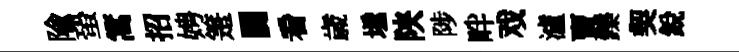
隃蛩篙招娉箑闤看歳𡑞陕陟畔戏瀘𧶠鑠契銳